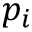
p _ { i }